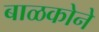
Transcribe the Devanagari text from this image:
बाळकोने